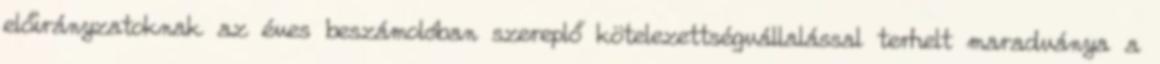
előirányzatoknak az éves beszámolóban szereplő kötelezettségvállalással terhelt maradványa a